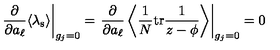
\left. \frac { \partial } { \partial a _ { \ell } } \langle \lambda _ { \mathrm { s } } \rangle \right| _ { g _ { j } = 0 } = \left. \frac { \partial } { \partial a _ { \ell } } \left\langle \frac 1 N \mathrm { t r } \frac { 1 } { z - \phi } \right\rangle \right| _ { g _ { j } = 0 } = 0